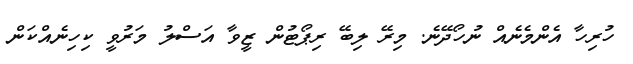
ހުރިހާ އެންމެނެއް ނުހޯދޭނެ. މިރޭ ލިބޭ ރިޕޯޓުން ޒީވާ އަސްލު މަރުވީ ކިހިނެއްކަން